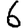
Digit: 6